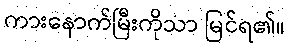
ကားနောက်မြီးကိုသာ မြင်ရ၏။